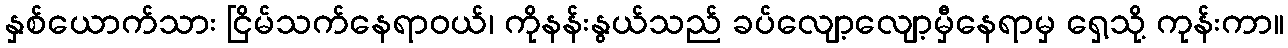
နှစ်ယောက်သား ငြိမ်သက်နေရာဝယ်၊ ကိုနန်းနွယ်သည် ခပ်လျော့လျော့မှီနေရာမှ ရှေ့သို့ ကုန်းကာ။